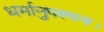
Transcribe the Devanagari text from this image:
धर्मानुपश्यना।